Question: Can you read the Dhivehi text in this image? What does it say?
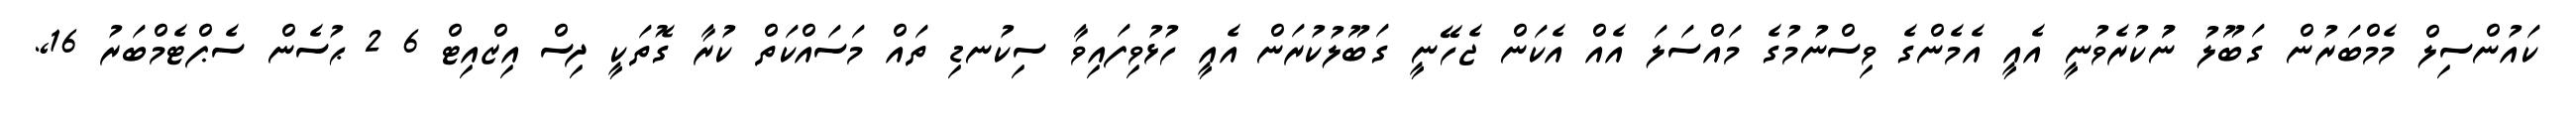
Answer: ކައުންސިލް މެމްބަރުން ގަބޫލު ނުުކުރެވުނީ އެއީ އެމެންގެ ވިސްނުމުގެ މައްސަލަ އެއް އެކަން ޖެހޭނީ ގަބޫލުކުރަން އެއީ ހުޅުވިފައިވާ ސިކުނޑި ތައް މަސައްކަތް ކުރާ ގޮތަކީ ދިސް އިޒްއިޓް 6 2 ޙުސެން ސެޕްޓެމްބަރު 16,.